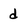
Character: d